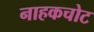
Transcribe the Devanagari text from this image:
नाहकचोट